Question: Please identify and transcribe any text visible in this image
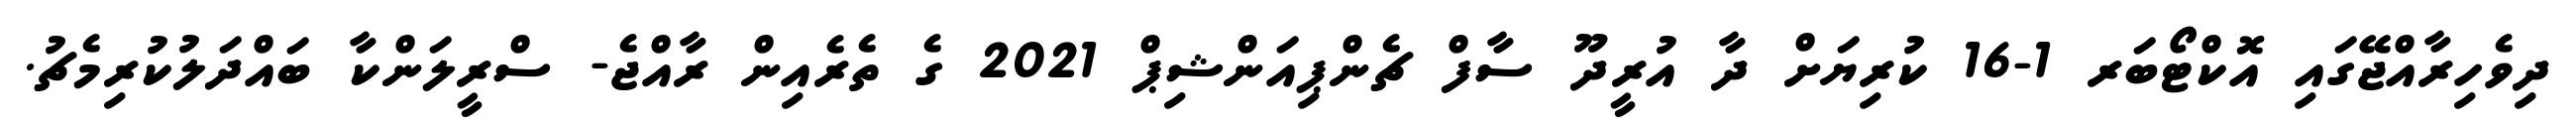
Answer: ދިވެހިރާއްޖޭގައި އޮކްޓޯބަރ 1-16 ކުރިޔަށް ދާ އުރީދޫ ސާފް ޗެންޕިއަންޝިޕް 2021 ގެ ތެރެއިން ރާއްޖެ- ސްރީލަންކާ ބައްދަލުކުރިމެޗު.